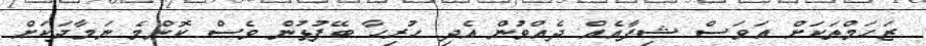
ޒަހަމްތަކަށް އަވަސް ޝިފާއެއް ދެއްވުން އެދި ހުރިހާ ބޭފުޅުން ވެސް ކޮންމެ ނަމާދަކަށް